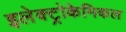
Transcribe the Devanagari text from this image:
इलेक्ट्रोकेमिकल